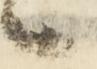
候